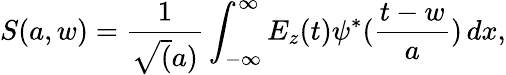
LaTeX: S(a,w)=\frac{1}{\sqrt(a)}\int_{-\infty}^{\infty}E_{z}(t)\psi^{\ast}(\frac{t-w}{a})\, dx,